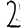
Digit: 2